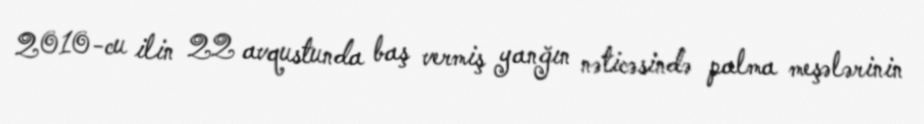
2010-cu ilin 22 avqustunda baş vermiş yanğın nəticəsində palma meşələrinin